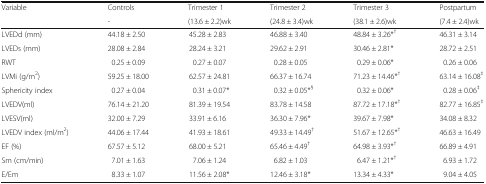
<table><thead><tr><td rowspan="2"><b>Variable</b></td><td><b>Controls</b></td><td><b>Trimester 1</b></td><td><b>Trimester 2</b></td><td><b>Trimester 3</b></td><td><b>Postpartum</b></td></tr><tr><td><b>-</b></td><td><b>(13.6 ± 2.2)wk</b></td><td><b>(24.8 ± 3.4)wk</b></td><td><b>(38.1 ± 2.6)wk</b></td><td><b>(7.4 ± 2.4)wk</b></td></tr></thead><tbody><tr><td>LVEDd (mm)</td><td>44.18 ± 2.50</td><td>45.28 ± 2.83</td><td>46.88 ± 3.40</td><td>48.84 ± 3.26*<sup>†</sup></td><td>46.31 ± 3.14</td></tr><tr><td>LVEDs (mm)</td><td>28.08 ± 2.84</td><td>28.24 ± 3.21</td><td>29.62 ± 2.91</td><td>30.46 ± 2.81*</td><td>28.72 ± 2.51</td></tr><tr><td>RWT</td><td>0.25 ± 0.09</td><td>0.27 ± 0.07</td><td>0.28 ± 0.05</td><td>0.29 ± 0.06*</td><td>0.26 ± 0.06</td></tr><tr><td>LVMi (g/m<sup>2</sup>)</td><td>59.25 ± 18.00</td><td>62.57 ± 24.81</td><td>66.37 ± 16.74</td><td>71.23 ± 14.46*<sup>†</sup></td><td>63.14 ± 16.08<sup>‡</sup></td></tr><tr><td>Sphericity index</td><td>0.27 ± 0.04</td><td>0.31 ± 0.07*</td><td>0.32 ± 0.05*<sup>§</sup></td><td>0.32 ± 0.06*</td><td>0.28 ± 0.06<sup>‡</sup></td></tr><tr><td>LVEDV(ml)</td><td>76.14 ± 21.20</td><td>81.39 ± 19.54</td><td>83.78 ± 14.58</td><td>87.72 ± 17.18*<sup>†</sup></td><td>82.77 ± 16.85<sup>‡</sup></td></tr><tr><td>LVESV(ml)</td><td>32.00 ± 7.29</td><td>33.91 ± 6.16</td><td>36.30 ± 7.96*</td><td>39.67 ± 7.98*</td><td>34.08 ± 8.32</td></tr><tr><td>LVEDV index (ml/m<sup>2</sup>)</td><td>44.06 ± 17.44</td><td>41.93 ± 18.61</td><td>49.33 ± 14.49<sup>†</sup></td><td>51.67 ± 12.65*<sup>†</sup></td><td>46.63 ± 16.49</td></tr><tr><td>EF (%)</td><td>67.57 ± 5.12</td><td>68.00 ± 5.21</td><td>65.46 ± 4.49<sup>†</sup></td><td>64.98 ± 3.93*<sup>†</sup></td><td>66.89 ± 4.91</td></tr><tr><td>Sm (cm/min)</td><td>7.01 ± 1.63</td><td>7.06 ± 1.24</td><td>6.82 ± 1.03</td><td>6.47 ± 1.21*<sup>†</sup></td><td>6.93 ± 1.72</td></tr><tr><td>E/Em</td><td>8.33 ± 1.07</td><td>11.56 ± 2.08*</td><td>12.46 ± 3.18*</td><td>13.34 ± 4.33*</td><td>9.04 ± 4.05</td></tr></tbody></table>